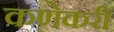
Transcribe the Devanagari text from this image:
कणेकरी